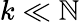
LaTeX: k\ll\mathbb{N}